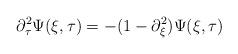
LaTeX: \begin{align*}\partial_{\tau}^{2} \Psi(\xi, \tau) = - (1 - \partial_{\xi}^{2})\Psi(\xi, \tau)\end{align*}